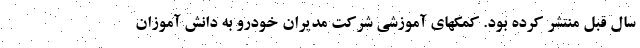
سال قبل منتشر کرده بود. کمکهای آموزشی شرکت مدیران خودرو به دانش آموزان